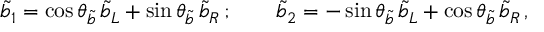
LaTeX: \tilde { b } _ { 1 } = \cos \theta _ { \tilde { b } } \, \tilde { b } _ { L } + \sin \theta _ { \tilde { b } } \, \tilde { b } _ { R } \, ; \qquad \tilde { b } _ { 2 } = - \sin \theta _ { \tilde { b } } \, \tilde { b } _ { L } + \cos \theta _ { \tilde { b } } \, \tilde { b } _ { R } \, ,